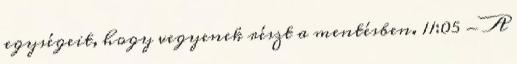
egységeit, hogy vegyenek részt a mentésben. 11:05 - A